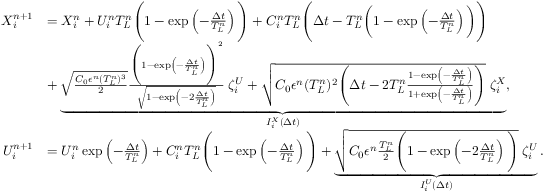
\begin{array} { r l } { X _ { i } ^ { n + 1 } } & { = X _ { i } ^ { n } + U _ { i } ^ { n } T _ { L } ^ { n } \Bigg ( 1 - \exp \left( - \frac { \Delta t } { T _ { L } ^ { n } } \right) \Bigg ) + C _ { i } ^ { n } T _ { L } ^ { n } \Bigg ( \Delta t - T _ { L } ^ { n } \bigg ( 1 - \exp \left( - \frac { \Delta t } { T _ { L } ^ { n } } \right) \bigg ) \Bigg ) } \\ & { + \underbrace { \sqrt { \frac { C _ { 0 } \epsilon ^ { n } ( T _ { L } ^ { n } ) ^ { 3 } } { 2 } } \frac { \Bigg ( 1 - \exp \left( - \frac { \Delta t } { T _ { L } ^ { n } } \right) \Bigg ) ^ { 2 } } { \sqrt { 1 - \exp \left( - 2 \frac { \Delta t } { T _ { L } ^ { n } } \right) } } \; \zeta _ { i } ^ { U } + \sqrt { C _ { 0 } \epsilon ^ { n } ( T _ { L } ^ { n } ) ^ { 2 } \Bigg ( \Delta t - 2 T _ { L } ^ { n } \frac { 1 - \exp \left( - \frac { \Delta t } { T _ { L } ^ { n } } \right) } { 1 + \exp \left( - \frac { \Delta t } { T _ { L } ^ { n } } \right) } \Bigg ) } \; \zeta _ { i } ^ { X } } _ { I _ { i } ^ { X } ( \Delta t ) } , } \\ { U _ { i } ^ { n + 1 } } & { = U _ { i } ^ { n } \exp \left( - \frac { \Delta t } { T _ { L } ^ { n } } \right) + C _ { i } ^ { n } T _ { L } ^ { n } \Bigg ( 1 - \exp \left( - \frac { \Delta t } { T _ { L } ^ { n } } \right) \Bigg ) + \underbrace { \sqrt { C _ { 0 } \epsilon ^ { n } \frac { T _ { L } ^ { n } } { 2 } \Bigg ( 1 - \exp \left( - 2 \frac { \Delta t } { T _ { L } ^ { n } } \right) \Bigg ) } \; \zeta _ { i } ^ { U } } _ { I _ { i } ^ { U } ( \Delta t ) } . } \end{array}